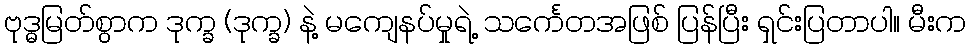
ဗုဒ္ဓမြတ်စွာက ဒုက္ခ (ဒုက္ခ) နဲ့ မကျေနပ်မှုရဲ့ သင်္ကေတအဖြစ် ပြန်ပြီး ရှင်းပြတာပါ။ မီးက